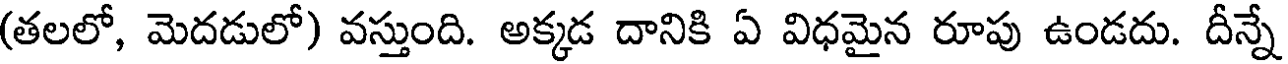
(తలలో, మెదడులో) వస్తుంది. అక్కడ దానికి ఏ విధమైన రూపు ఉండదు. దీన్నే